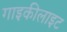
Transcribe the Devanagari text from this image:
गाइकीलाइट